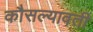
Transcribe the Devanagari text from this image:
कौसल्यावती